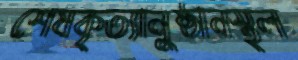
শেষকৃত্যানুষ্ঠানস্থল